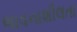
ભાવનાશીલતા